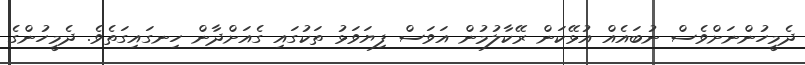
ދެމީހުންނަށްވެސް ނުބައެއް އުޅޭކަން ރޭކާލުމުން އަވަސް ފިޔަވަޅު ތަކުގައި ގެއަށްދާން ހިނގައިގަތެވެ. ދެމީހުންގެ